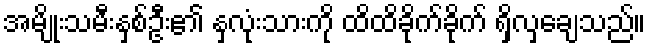
အမျိုးသမီးနှစ်ဦး၏ နှလုံးသားကို ထိထိခိုက်ခိုက် ရှိလှချေသည်။